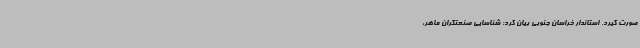
صورت گیرد. استاندار خراسان جنوبی بیان کرد: شناسایی صنعتگران ماهر،